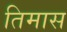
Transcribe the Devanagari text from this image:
तिमास